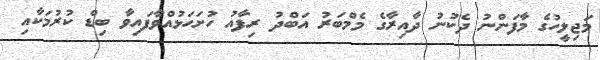
މަޖިލީހުގެ މާފަންނު ދެކުނު ދާއިރާގެ މެމްބަރު އަބްދު ރިފާއު ހުށަހަޅުއްވާފައިވާ ބިޑް ކުރުމަކާއި